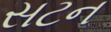
સટન